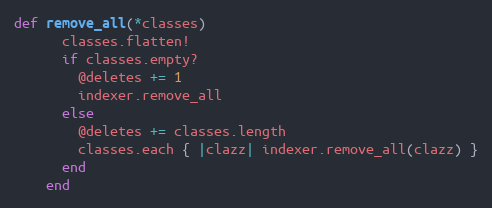
Language: Ruby
def remove_all(*classes)
      classes.flatten!
      if classes.empty?
        @deletes += 1
        indexer.remove_all
      else
        @deletes += classes.length
        classes.each { |clazz| indexer.remove_all(clazz) }
      end
    end